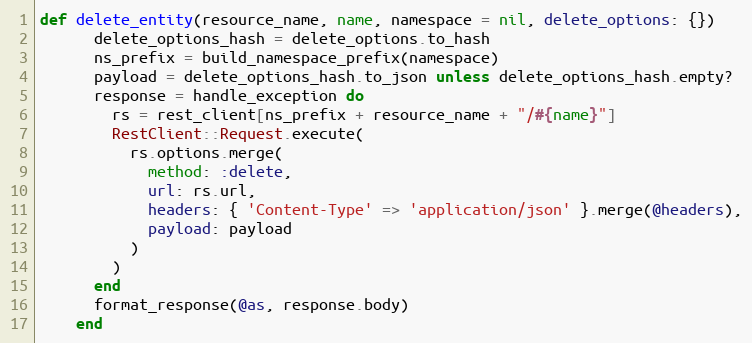
Language: Ruby
def delete_entity(resource_name, name, namespace = nil, delete_options: {})
      delete_options_hash = delete_options.to_hash
      ns_prefix = build_namespace_prefix(namespace)
      payload = delete_options_hash.to_json unless delete_options_hash.empty?
      response = handle_exception do
        rs = rest_client[ns_prefix + resource_name + "/#{name}"]
        RestClient::Request.execute(
          rs.options.merge(
            method: :delete,
            url: rs.url,
            headers: { 'Content-Type' => 'application/json' }.merge(@headers),
            payload: payload
          )
        )
      end
      format_response(@as, response.body)
    end